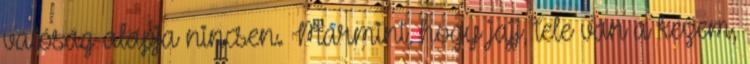
valóság-alapja nincsen. Mármint, hogy jajj, tele van a kezem,